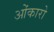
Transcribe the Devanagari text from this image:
ओंकारो